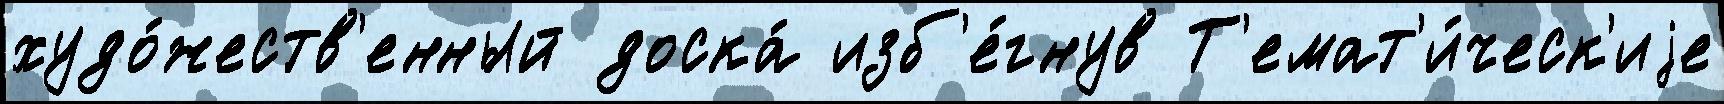
худо́жеств'енный доска́ изб'е́гнув Т'емат'и́ческ'иjе